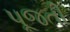
પૂજતી